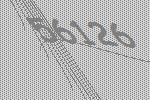
56126